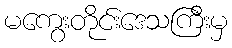
မကွေးတိုင်းဒေသကြီးမှ